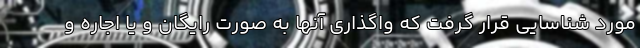
مورد شناسایی قرار گرفت که واگذاری آنها به صورت رایگان و یا اجاره و